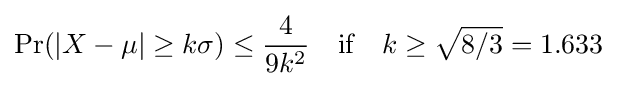
\Pr(|X-\mu |\geq k\sigma )\leq {\frac {4}{9k^{2}}}\quad {\text{if}}\quad k\geq {\sqrt {8/3}}=1.633